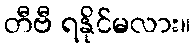
တီဗီ ရနိုင်မလား။